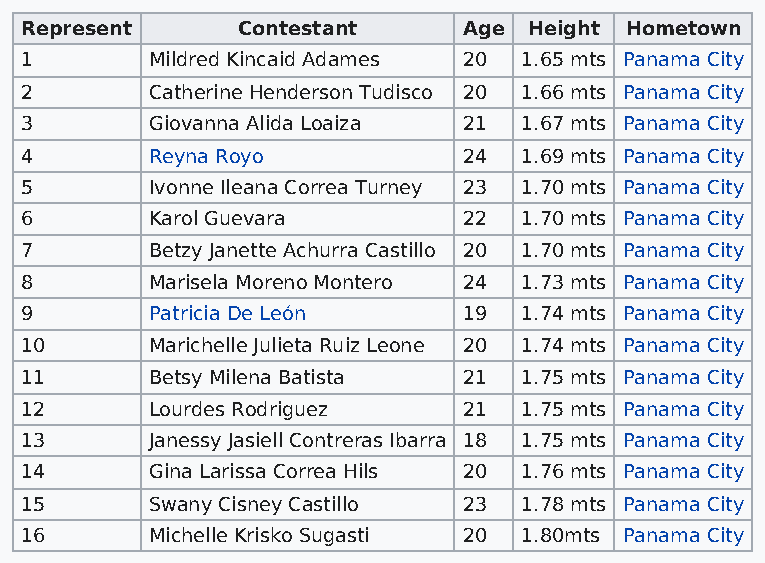
Represent      Contestant     Age Height Hometown
 1        Mildred Kincaid Adames 20 1.65 mts Panama City
 2        Catherine Henderson Tudisco 20 1.66 mts Panama City
 3        Giovanna Alida Loaiza 21 1.67 mts Panama City
 4        Reyna Royo           24 1.69 mts Panama City
 5        Ivonne Ileana Correa Turney 23 1.70 mts Panama City
 6        Karol Guevara        22 1.70 mts Panama City
 7        Betzy Janette Achurra Castillo 20 1.70 mts Panama City
 8        Marisela Moreno Montero 24 1.73 mts Panama City
 9        Patricia De León     19 1.74 mts Panama City
 10       Marichelle Julieta Ruiz Leone 20 1.74 mts Panama City
 11       Betsy Milena Batista 21 1.75 mts Panama City
 12       Lourdes Rodriguez    21 1.75 mts Panama City
 13       Janessy Jasiell Contreras Ibarra 18 1.75 mts Panama City
 14       Gina Larissa Correa Hils 20 1.76 mts Panama City
 15       Swany Cisney Castillo 23 1.78 mts Panama City
 16       Michelle Krisko Sugasti 20 1.80mts Panama City